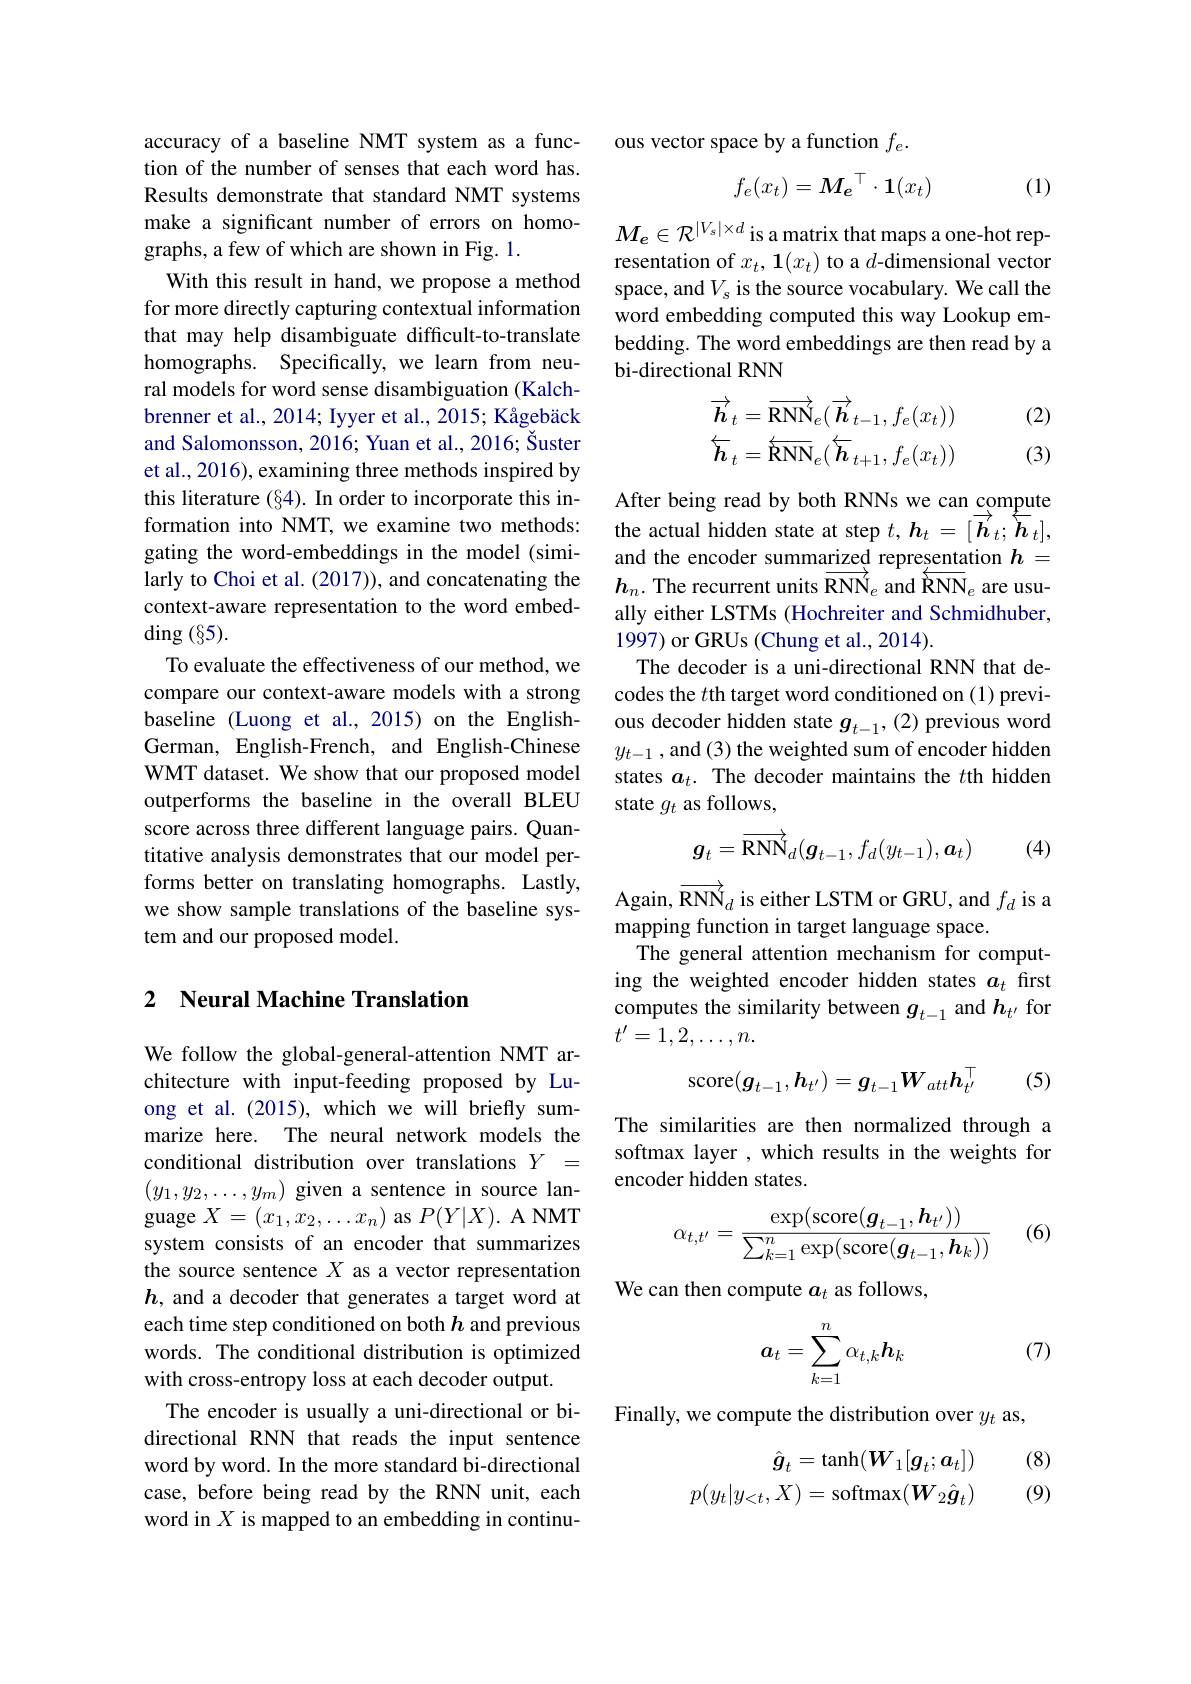
accuracy of a baseline NMT system as a function of the number of senses that each word has. Results demonstrate that standard NMT systems make a significant number of errors on homographs, a few of which are shown in Fig. 1.
With this result in hand, we propose a method for more directly capturing contextual information that may help disambiguate difficult-to-translate homographs. Specifically, we learn from neural models for word sense disambiguation (Kalchbrenner et al., 2014; Iyyer et al., 2015; Kågebäck and Salomonsson, 2016; Yuan et al., 2016; Šuster et al., 2016), examining three methods inspired by this literature (§4). In order to incorporate this information into NMT, we examine two methods: gating the word-embeddings in the model (similarly to Choi et al. (2017)), and concatenating the context-aware representation to the word embed- $\operatorname{ding}(\S5).$
To evaluate the effectiveness of our method, we compare our context-aware models with a strong baseline (Luong et al.,2015) on the EnglishGerman, English-French, and English-Chinese WMT dataset. We show that our proposed model outperforms the baseline in the overall BLEU score across three different language pairs. Quantitative analysis demonstrates that our model performs better on translating homographs. Lastly, we show sample translations of the baseline system and our proposed model.

## 2 Neural Machine Translation

We follow the global-general-attention NMT architecture with input-feeding proposed by Luong et al. (2015), which we will briefly summarize here. The neural network models the conditional distribution over translations $Y=$ $(y_1,y_2,\ldots,y_m)$ given a sentence in source language $X=(x_1,x_2,\ldots x_n)$ as $P(Y|X).$ A NMT system consists of an encoder that summarizes the source sentence $X$ as a vector representation $h$, and a decoder that generates a target word at each time step conditioned on both $h$ and previous words. The conditional distribution is optimized with cross-entropy loss at each decoder output.
The encoder is usually a uni-directional or bidirectional RNN that reads the input sentence word by word. In the more standard bi-directional case, before being read by the RNN unit, each word in $X$ is mapped to an embedding in continu-

ous vector space by a function $f_e.$
$$f_e(x_t)=M_e^\top\cdot\mathbf{1}(x_t)$$
(1)

$M_e\in\mathcal{R}^{|V_s|\times d}$ is a matrix that maps a one-hot representation of $x_t,\mathbf{1}(x_t)$ to a $d$-dimensional vector space, and $V_s$ is the source vocabulary. We call the word embedding computed this way Lookup embedding. The word embeddings are then read by a bi-directional RNN

(2)
$$\begin{aligned}\overrightarrow{\boldsymbol{h}}_t&=\overrightarrow{\mathrm{RNN}}_e(\overrightarrow{\boldsymbol{h}}_{t-1},f_e(x_t))\\\overleftarrow{\boldsymbol{h}}_t&=\overleftarrow{\mathrm{RNN}}_e(\overleftarrow{\boldsymbol{h}}_{t+1},f_e(x_t))\end{aligned}$$
(3)

After being read by both RNNs we can compute the actual hidden state at step $t,\boldsymbol{h}_t=[\overrightarrow{\boldsymbol{h}}_t;\frac1{\boldsymbol{h}}_t]$, and the encoder summarized representation $h=$ $h_n.$ The recurrent units RNN$_e$ and $\overleftarrow {\mathbb{R} \mathrm{NN}}_e$ are usually either LSTMs (Hochreiter and Schmidhuber, 1997) or GRUs (Chung et al., 2014).
The decoder is a uni-directional RNN that decodes the $t$th target word conditioned on (1) previous decoder hidden state $g_{t-1},(2)$ previous word $y_{t-1}$ , and (3) the weighted sum of encoder hidden states $a_t.$ The decoder maintains the $t$th hidden state $g_t$ as follows,
$$g_t=\overrightarrow{\mathrm{RNN}}_d(g_{t-1},f_d(y_{t-1}),\boldsymbol{a}_t)$$
(4)

Again, $\overrightarrow{\mathbf{RNN}}_d$ is either LSTM or GRU, and $f_d$ is a
mapping function in target language space.
The general attention mechanism for computing the weighted encoder hidden states $a_t$ first computes the similarity between $g_{t-1}$ and $h_{t^{\prime}}$ for $t'=1,2,\ldots,n.$

(5)
$$\mathrm{score}(\boldsymbol{g}_{t-1},\boldsymbol{h}_{t^{\prime}})=\boldsymbol{g}_{t-1}\boldsymbol{W}_{att}\boldsymbol{h}_{t^{\prime}}^\top $$
The similarities are then normalized through a softmax layer , which results in the weights for encoder hidden states.
$$\alpha_{t,t'}=\frac{\exp(\mathrm{score}(\boldsymbol{g}_{t-1},\boldsymbol{h}_{t'}))}{\sum_{k=1}^n\exp(\mathrm{score}(\boldsymbol{g}_{t-1},\boldsymbol{h}_k))}$$
(6)

We can then compute $a_t$ as follows,

(7)
$$\boldsymbol{a}_t=\sum_{k=1}^n\alpha_{t,k}\boldsymbol{h}_k$$
Finally, we compute the distribution over $y_{t}$ as,

(8) (9)
$$\begin{aligned}\hat g_t&=\tanh(\boldsymbol W_1[\boldsymbol g_t;\boldsymbol a_t])\\p(y_t|y_{<t},X)&=\operatorname{softmax}(\boldsymbol W_2\hat g_t)\end{aligned}$$